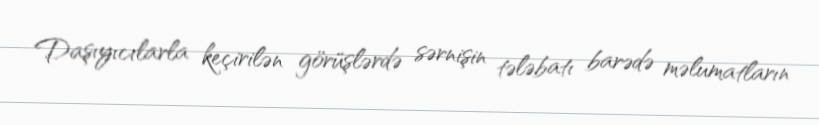
Daşıyıcılarla keçirilən görüşlərdə sərnişin tələbatı barədə məlumatların